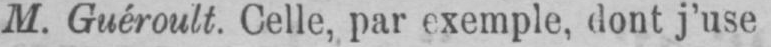
M. Guéroult. Celle, par exemple, dont j’use